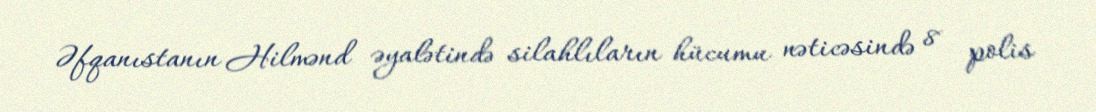
Əfqanıstanın Hilmənd əyalətində silahlıların hücumu nəticəsində 8 polis